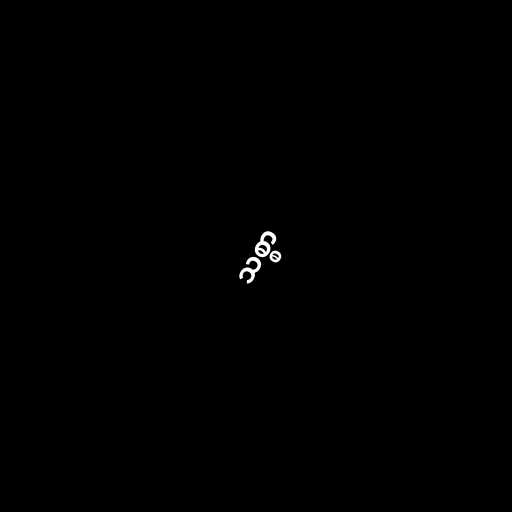
သစ္စာ